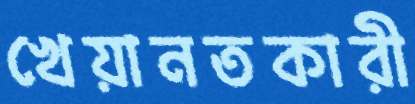
খেয়ানতকারী